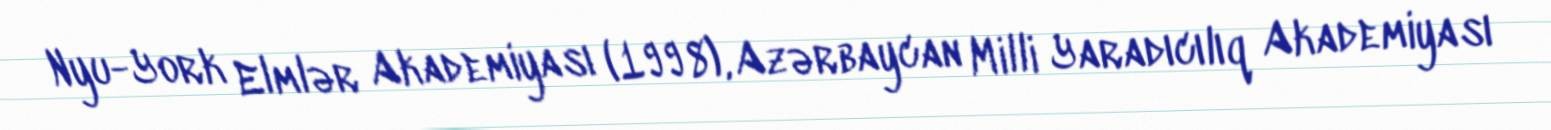
Nyu-York Elmlər Akademiyası (1998), Azərbaycan Milli Yaradıcılıq Akademiyası